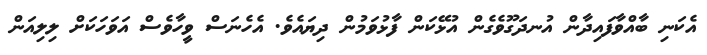
އެކަނި ބާއްވާފައިދާން އުނދަގޫވެގެން އުޅޭކަން ފާޅުވަމުން ދިޔައެވެ. އެހެނަސް ވީހާވެސް އަވަހަކަށް ލިލިއަން